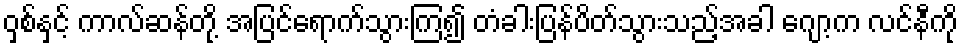
ဝှစ်နှင့် ကာလ်ဆန်တို့ အပြင်ရောက်သွားကြ၍ တံခါးပြန်ပိတ်သွားသည့်အခါ ဂျော့က လင်နီကို